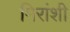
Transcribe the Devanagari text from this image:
मिरांशी